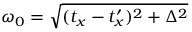
\omega _ { 0 } = \sqrt { ( t _ { x } - t _ { x } ^ { \prime } ) ^ { 2 } + \Delta ^ { 2 } }